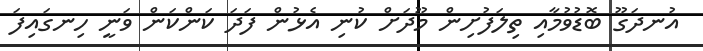
އުނދަގޫ ބޮޑުވުމާއި ތިލަފުށިން މޫދަށް ކުނި އެޅުން ފަދަ ކަންކަން ވަނީ ހިނގައިފަ